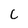
Character: C